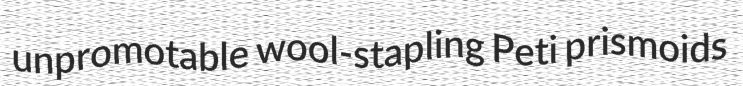
unpromotable wool-stapling Peti prismoids